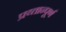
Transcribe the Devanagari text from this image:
प्रय्तान्पूर्ण